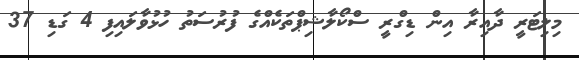
މިލިޓަރީ ދާއިރާ އިން ޑިގްރީ ސްކޯލާޝިޕްތަކެއްގެ ފުރުސަތު ހުޅުވާލައިފި 4 ގަޑި 37